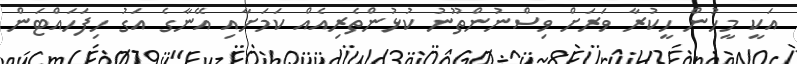
އަކީ މީހުން ހީކުރާ ވަރަށް ވިސްނުންތޫނު ކުޅުންތެރިއެއް ކަމަށާއި އޭނާގެ އަގު ހިފަހައްޓަން